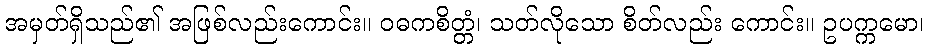
အမှတ်ရှိသည်၏ အဖြစ်လည်းကောင်း။ ဝဓကစိတ္တံ၊ သတ်လိုသော စိတ်လည်း ကောင်း။ ဥပက္ကမော၊